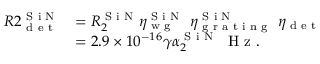
\begin{array} { r l } { R 2 _ { \textrm { d e t } } ^ { \textrm { S i N } } } & { = R _ { 2 } ^ { \textrm { S i N } } \eta _ { \textrm { w g } } ^ { \textrm { S i N } } \ \eta _ { \textrm { g r a t i n g } } ^ { \textrm { S i N } } \ \eta _ { \textrm { d e t } } } \\ & { = 2 . 9 \times 1 0 ^ { - 1 6 } \gamma \alpha _ { 2 } ^ { \textrm { S i N } } \ \textrm { H z } . } \end{array}